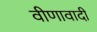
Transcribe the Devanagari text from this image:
वीणावादी